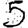
Digit: 5